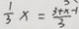
\frac { 1 } { 3 } x = \frac { 3 + x - 1 } { 3 }